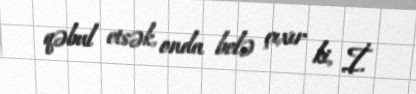
qəbul etsək, onda belə çıxır ki, İ.